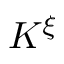
K ^ { \xi }